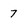
Character: 7